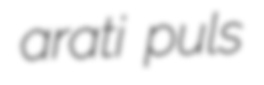
arati puls